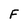
Character: F